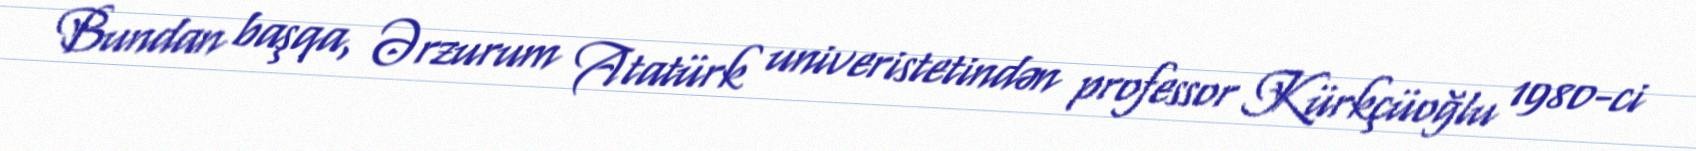
Bundan başqa, Ərzurum Atatürk univeristetindən professor Kürkçüoğlu 1980-ci